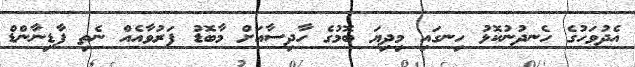
އެދުވަހުގެ ހެނދުނުކޮޅު ހިނގައި މިދިޔަ ބޮމުގެ ހާދިސާއަށް މާބޮޑު ފަރުވާއެއް ނެތި ފާޑިނާންޑް